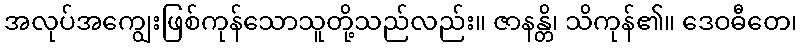
အလုပ်အကျွေးဖြစ်ကုန်သောသူတို့သည်လည်း။ ဇာနန္တိ၊ သိကုန်၏။ ဒေဝဓီတေ၊